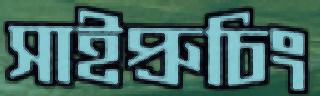
সাইপ্রুচিং